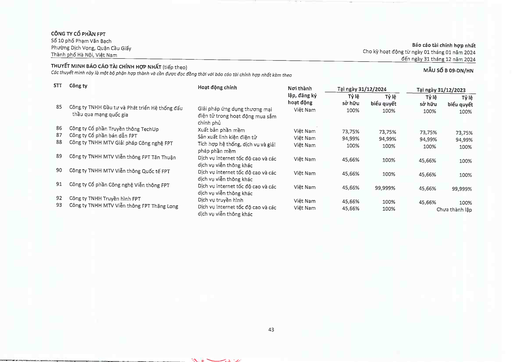
|STT|Công ty|Hoạt động chính|Nơi thành lập, đăng ký hoạt động|Tỷ lệ sở hữu|Tỷ lệ biểu quyết|Tại ngày 31/12/2024|Tại ngày 31/12/2023| |---|---|---|---|---|---|---|---| ||||Tỷ lệ sở hữu|Tỷ lệ biểu quyết|Tỷ lệ sở hữu|Tỷ lệ biểu quyết| |85|Công ty TNHH Đầu tư và Phát triển Hệ thống đấu thầu qua mạng quốc gia|Giải pháp ứng dụng thương mại điện tử trong hoạt động mua sắm chính phủ|Việt Nam|100%|100%|100%|100%| |86|Công ty Cổ phần Truyền thông TechUp|Xuất bán phần mềm|Việt Nam|73,75%|73,75%|73,75%|73,75%| |87|Công ty Cổ phần Bán dẫn FPT|Sản xuất linh kiện điện tử|Việt Nam|94,99%|94,99%|94,99%|94,99%| |88|Công ty TNHH MTV Giải pháp Công nghệ FPT|Tích hợp hệ thống, dịch vụ và giải pháp phần mềm|Việt Nam|100%|100%|100%|100%| |89|Công ty TNHH MTV Viễn thông FPT Tân Thuận|Dịch vụ internet tốc độ cao và các dịch vụ viễn thông khác|Việt Nam|45,66%|100%|45,66%|100%| |90|Công ty TNHH MTV Viễn thông Quốc tế FPT|Dịch vụ internet tốc độ cao và các dịch vụ viễn thông khác|Việt Nam|45,66%|100%|45,66%|100%| |91|Công ty Cổ phần Công nghệ Viễn thông FPT|Dịch vụ internet tốc độ cao và các dịch vụ viễn thông khác|Việt Nam|45,66%|99,999%|45,66%|99,999%| |92|Công ty TNHH Truyền hình FPT|Dịch vụ truyền hình|Việt Nam|45,66%|100%|45,66%|100%| |93|Công ty TNHH MTV Viễn thông FPT Thăng Long|Dịch vụ internet tốc độ cao và các dịch vụ viễn thông khác|Việt Nam|45,66%|100%|Chưa|thành lập|